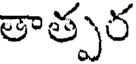
తాత్పర